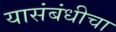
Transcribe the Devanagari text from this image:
यासंबंधीचा